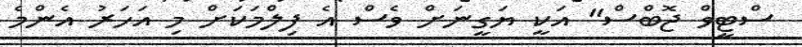
ސްޓީވް ޖޮބްސް" އަކީ ޔަގީނަށް ވެސް އެ ފިލްމަކަށް މި އަހަރު އެންމެ